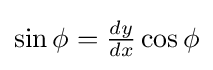
{\textstyle \sin \phi ={\frac {dy}{dx}}\cos \phi }